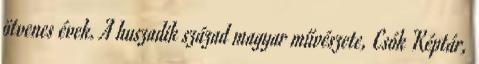
ötvenes évek. A huszadik század magyar művészete, Csók Képtár,